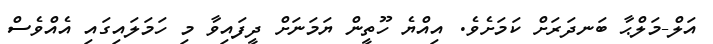
އަލް-މަލްޙާ ބަނދަރަށް ކަމަށެވެ. އިއްޔެ ހޫތީން ޔަމަނަށް ދީފައިވާ މި ހަމަލައިގައި އެއްވެސް